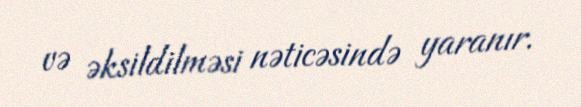
və əksildilməsi nəticəsində yaranır.